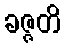
ခဇ္ဇတိ